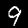
Digit: 9